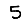
Digit: 5